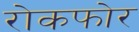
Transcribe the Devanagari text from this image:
रोकफोर